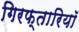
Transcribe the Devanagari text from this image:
गिरफ्तारियॉ